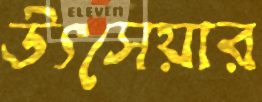
উৎসেয়ার